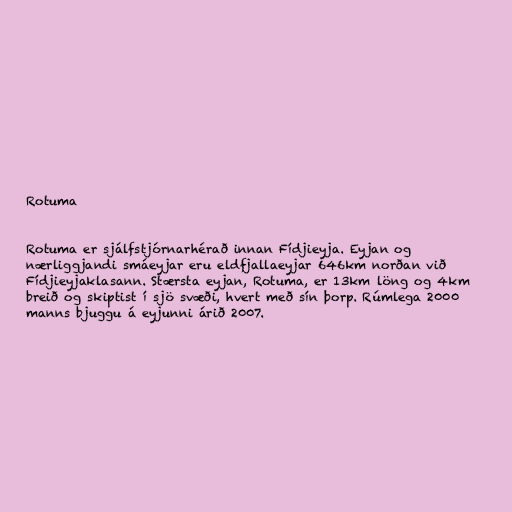
Rotuma

Rotuma er sjálfstjórnarhérað innan Fídjieyja. Eyjan og
nærliggjandi smáeyjar eru eldfjallaeyjar 646km norðan við
Fídjieyjaklasann. Stærsta eyjan, Rotuma, er 13km löng og 4km
breið og skiptist í sjö svæði, hvert með sín þorp. Rúmlega 2000
manns bjuggu á eyjunni árið 2007.